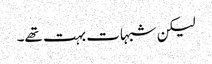
لیکن شبہات بہت تھے۔